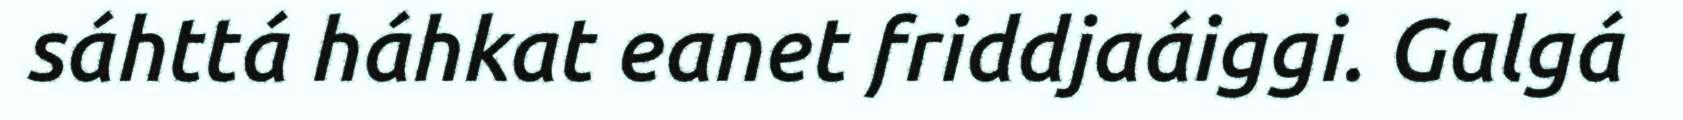
sáhttá háhkat eanet friddjaáiggi. Galgá